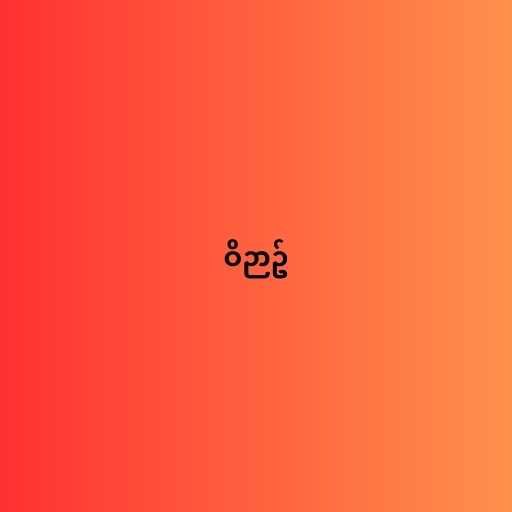
ဝိဉာဥ်